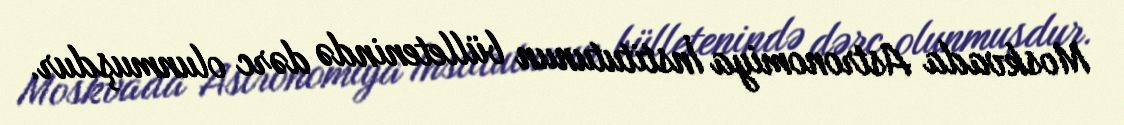
Moskvada Astronomiya İnstitutunun bülletenində dərc olunmuşdur.